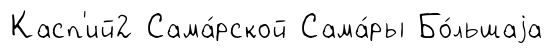
Касп'ий2 Сама́рской Сама́ры Бо́льшаjа